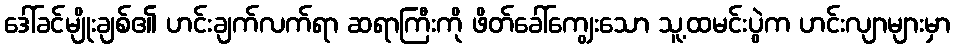
ဒေါ်ခင်မျိုးချစ်၏ ဟင်းချက်လက်ရာ ဆရာကြီးကို ဖိတ်ခေါ်ကျွေးသော သူ့ထမင်းပွဲက ဟင်းလျာများမှာ